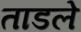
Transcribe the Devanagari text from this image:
ताडले